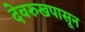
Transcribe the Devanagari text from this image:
देवरुखपासून